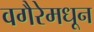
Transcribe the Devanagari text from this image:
वगैरेमधून